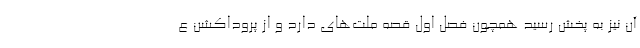
آن نیز به پخش رسید همچون فصل اول قصه ملت‌های دارد و از پروداکشن ع